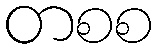
တစစ